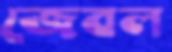
জেবল